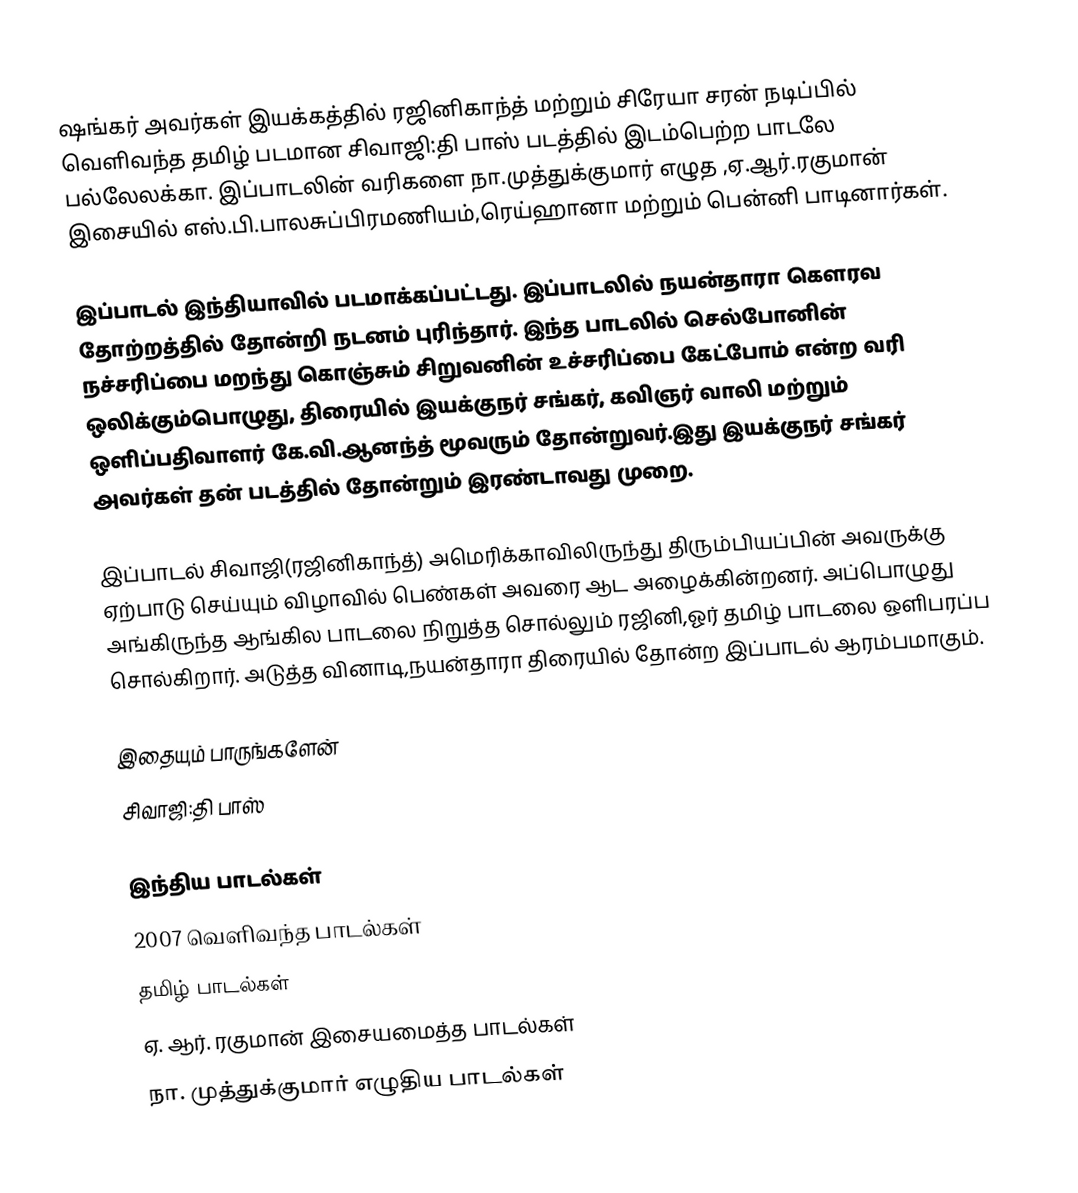
ஷங்கர் அவர்கள் இயக்கத்தில் ரஜினிகாந்த் மற்றும் சிரேயா சரன் நடிப்பில் வெளிவந்த தமிழ் படமான சிவாஜி:தி பாஸ் படத்தில் இடம்பெற்ற பாடலே பல்லேலக்கா. இப்பாடலின் வரிகளை நா.முத்துக்குமார் எழுத ,ஏ.ஆர்.ரகுமான் இசையில்  எஸ்.பி.பாலசுப்பிரமணியம்,ரெய்ஹானா மற்றும் பென்னி பாடினார்கள்.

இப்பாடல் இந்தியாவில் படமாக்கப்பட்டது. இப்பாடலில் நயன்தாரா கௌரவ தோற்றத்தில் தோன்றி நடனம் புரிந்தார். இந்த பாடலில் செல்போனின் நச்சரிப்பை மறந்து கொஞ்சும் சிறுவனின் உச்சரிப்பை கேட்போம் என்ற வரி ஒலிக்கும்பொழுது, திரையில் இயக்குநர் சங்கர், கவிஞர் வாலி மற்றும் ஒளிப்பதிவாளர் கே.வி.ஆனந்த் மூவரும் தோன்றுவர்.இது இயக்குநர் சங்கர் அவர்கள் தன் படத்தில் தோன்றும் இரண்டாவது முறை.

இப்பாடல் சிவாஜி(ரஜினிகாந்த்) அமெரிக்காவிலிருந்து திரும்பியப்பின் அவருக்கு ஏற்பாடு செய்யும் விழாவில் பெண்கள் அவரை ஆட அழைக்கின்றனர். அப்பொழுது அங்கிருந்த ஆங்கில பாடலை நிறுத்த சொல்லும் ரஜினி,ஓர் தமிழ் பாடலை ஒளிபரப்ப சொல்கிறார். அடுத்த வினாடி,நயன்தாரா திரையில் தோன்ற இப்பாடல் ஆரம்பமாகும்.

இதையும் பாருங்களேன்
 சிவாஜி:தி பாஸ்

இந்திய பாடல்கள்
2007 வெளிவந்த பாடல்கள்
தமிழ் பாடல்கள்
ஏ. ஆர். ரகுமான் இசையமைத்த பாடல்கள்
நா. முத்துக்குமார் எழுதிய பாடல்கள்